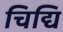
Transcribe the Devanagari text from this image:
चिद्यि